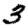
Digit: 3